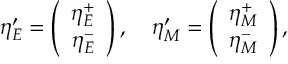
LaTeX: \eta _ { E } ^ { \prime } = \left( \begin{array} { c } { { \eta _ { E } ^ { + } } } \\ { { \eta _ { E } ^ { - } } } \end{array} \right) , \quad \eta _ { M } ^ { \prime } = \left( \begin{array} { c } { { \eta _ { M } ^ { + } } } \\ { { \eta _ { M } ^ { - } } } \end{array} \right) ,